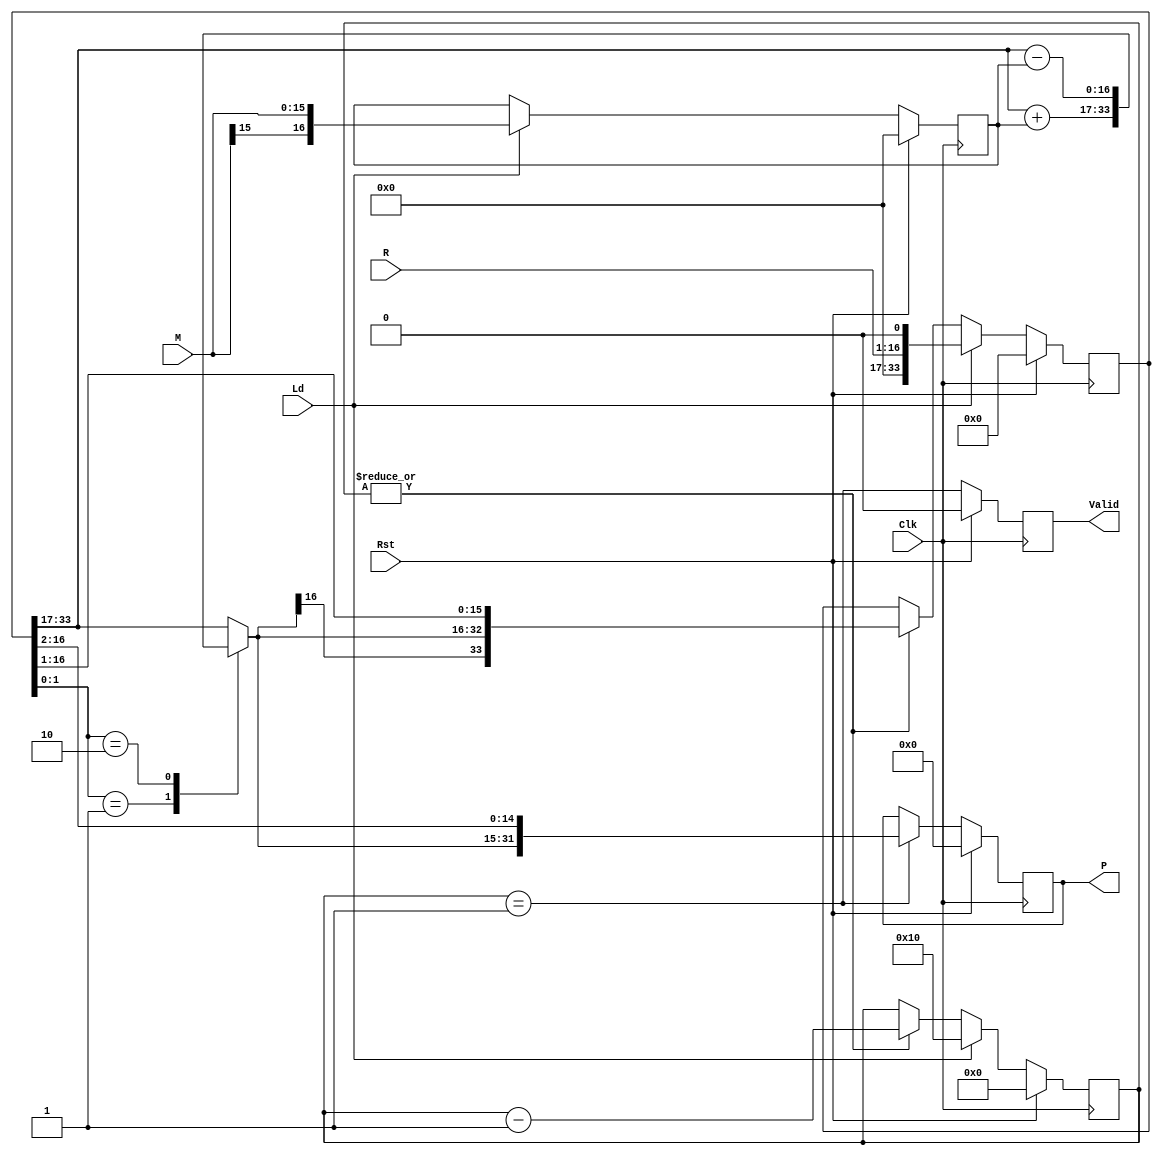
module Booth_Multiplier #(
    parameter pN = 4                
)(
    input   Rst,                    
    input   Clk,                    
    input   Ld,                     
    input   [(2**pN - 1):0] M,      
    input   [(2**pN - 1):0] R,      
    output  reg Valid,              
    output  reg [(2**(pN+1) - 1):0] P   
);
reg     [2**pN:0] A;      
reg     [   pN:0] Cntr;   
reg     [2**pN:0] S;      
reg     [(2**(pN+1) + 1):0] Prod;   
always @(posedge Clk)
begin
    if(Rst)
        Cntr <= #1 0;
    else if(Ld)
        Cntr <= #1 2**pN;
    else if(|Cntr)
        Cntr <= #1 (Cntr - 1);
end
always @(posedge Clk)
begin
    if(Rst)
        A <= #1 0;
    else if(Ld)
        A <= #1 {M[2**pN - 1], M};  
end
always @(*)
begin
    case(Prod[1:0])
        2'b01   : S <= Prod[(2**(pN+1) + 1):(2**pN + 1)] + A;
        2'b10   : S <= Prod[(2**(pN+1) + 1):(2**pN + 1)] - A;
        default : S <= Prod[(2**(pN+1) + 1):(2**pN + 1)];
    endcase
end
always @(posedge Clk)
begin
    if(Rst)
        Prod <= #1 0;
    else if(Ld)
        Prod <= #1 {R, 1'b0};
    else if(|Cntr)
        Prod <= #1 {S[2**pN], S, Prod[2**pN:1]};    
end
always @(posedge Clk)
begin
    if(Rst)
        P <= #1 0;
    else if(Cntr == 1)
        P <= #1 {S[2**pN], S, Prod[2**pN:2]};
end
always @(posedge Clk)
begin
    if(Rst)
        Valid <= #1 0;
    else
        Valid <= #1 (Cntr == 1);
end
endmodule